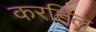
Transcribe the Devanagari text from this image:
करतिल